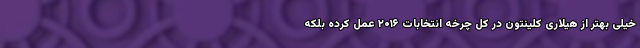
خیلی بهتر از هیلاری کلینتون در کل چرخه انتخابات ۲۰۱۶ عمل کرده بلکه